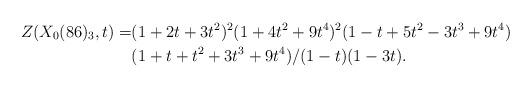
LaTeX: \begin{align*}Z(X_0(86)_3,t)=&(1+2t+3t^2)^2(1+4t^2+9t^4)^2(1-t+5t^2-3t^3+9t^4)\\&(1+t+t^2+3t^3+9t^4)/(1-t)(1-3t).\end{align*}